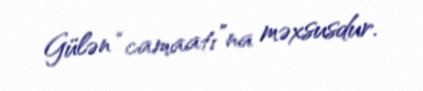
Gülən “camaatı”na məxsusdur.